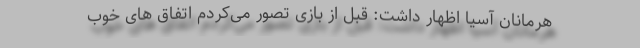
هرمانان آسیا اظهار داشت:‌ قبل از بازی تصور می‌کردم اتفاق های خوب